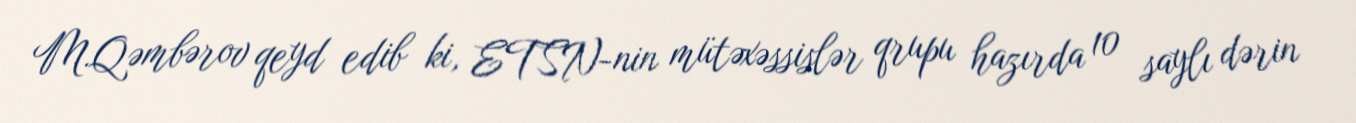
M.Qəmbərov qeyd edib ki, ETSN-nin mütəxəssislər qrupu hazırda 10 saylı dərin